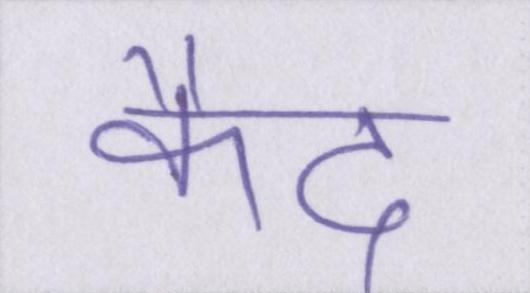
कैद